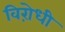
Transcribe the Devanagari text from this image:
विऱोधी